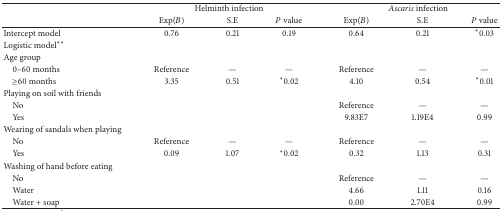
|  | <COLSPAN=3> Helminth infection | <COLSPAN=3> Ascaris infection |
 |  | Exp(B) | S.E | P value | Exp(B) | S.E | P value |
 | --- | --- | --- | --- | --- | --- | --- |
 | Intercept model | 0.76 | 0.21 | 0.19 | 0.64 | 0.21 | ∗0.03 |
 | Logistic model∗∗ |  |  |  |  |  |  |
 | Age group |  |  |  |  |  |  |
 | 0–60 months | Reference | — | — | Reference | — | — |
 | ≥60 months | 3.35 | 0.51 | ∗0.02 | 4.10 | 0.54 | ∗0.01 |
 | Playing on soil with friends |  |  |  |  |  |  |
 | No |  |  |  | Reference | — | — |
 | Yes |  |  |  | 9.83E7 | 1.19E4 | 0.99 |
 | Wearing of sandals when playing |  |  |  |  |  |  |
 | No | Reference | — | — | Reference | — | — |
 | Yes | 0.09 | 1.07 | ∗0.02 | 0.32 | 1.13 | 0.31 |
 | Washing of hand before eating |  |  |  |  |  |  |
 | No |  |  |  | Reference | — | — |
 | Water |  |  |  | 4.66 | 1.11 | 0.16 |
 | Water + soap |  |  |  | 0.00 | 2.70E4 | 0.99 |